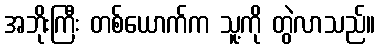
အဘိုးကြီး တစ်ယောက်က သူ့ကို တွဲလာသည်။